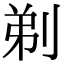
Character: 剃